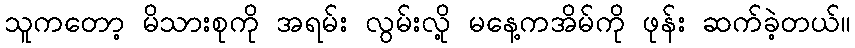
သူကတော့ မိသားစုကို အရမ်း လွမ်းလို့ မနေ့ကအိမ်ကို ဖုန်း ဆက်ခဲ့တယ်။